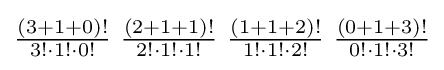
\textstyle {(3+1+0)! \over 3!\cdot 1!\cdot 0!}\ {(2+1+1)! \over 2!\cdot 1!\cdot 1!}\ {(1+1+2)! \over 1!\cdot 1!\cdot 2!}\ {(0+1+3)! \over 0!\cdot 1!\cdot 3!}